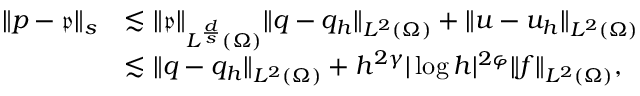
\begin{array} { r l } { \| p - \mathfrak { p } \| _ { s } } & { \lesssim \| \mathfrak { p } \| _ { L ^ { \frac { d } { s } } ( \Omega ) } \| q - q _ { h } \| _ { L ^ { 2 } ( \Omega ) } + \| u - u _ { h } \| _ { L ^ { 2 } ( \Omega ) } } \\ & { \lesssim \| q - q _ { h } \| _ { L ^ { 2 } ( \Omega ) } + h ^ { 2 \gamma } | \log h | ^ { 2 \varphi } \| f \| _ { L ^ { 2 } ( \Omega ) } , } \end{array}